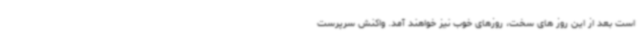
است بعد از این روز های سخت، روزهای خوب نیز خواهند آمد. واکنش سرپرست